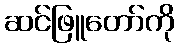
ဆင်ဖြူတော်ကို